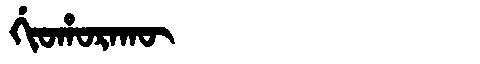
Manchu: ᡤᡳᠣᡥᠣᡵᠠᡴᡡ
Romanization: GIOHORAKŪ